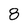
Character: 8